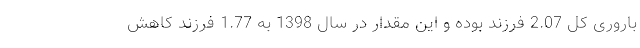
باروری کل 2.07 فرزند بوده و این مقدار در سال 1398 به 1.77 فرزند کاهش